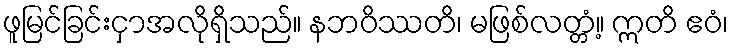
ဖူမြင်ခြင်းငှာအလိုရှိသည်။ နဘဝိဿတိ၊ မဖြစ်လတ္တံ့။ ဣတိ ဧဝံ၊